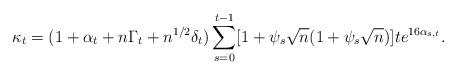
LaTeX: \begin{align*}\kappa_{t}=(1+\alpha_t+n\Gamma_{t}+n^{1/2}\delta_t)\sum_{s=0}^{t-1}[1+\psi_s\sqrt{n}(1+\psi_s\sqrt{n})]t e^{16\alpha_{s,t}}.\end{align*}